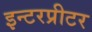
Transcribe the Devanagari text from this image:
इन्टरप्रीटर